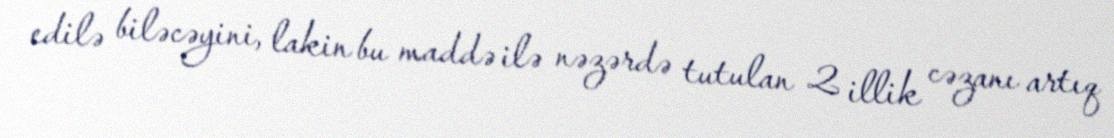
edilə biləcəyini, lakin bu maddə ilə nəzərdə tutulan 2 illik cəzanı artıq